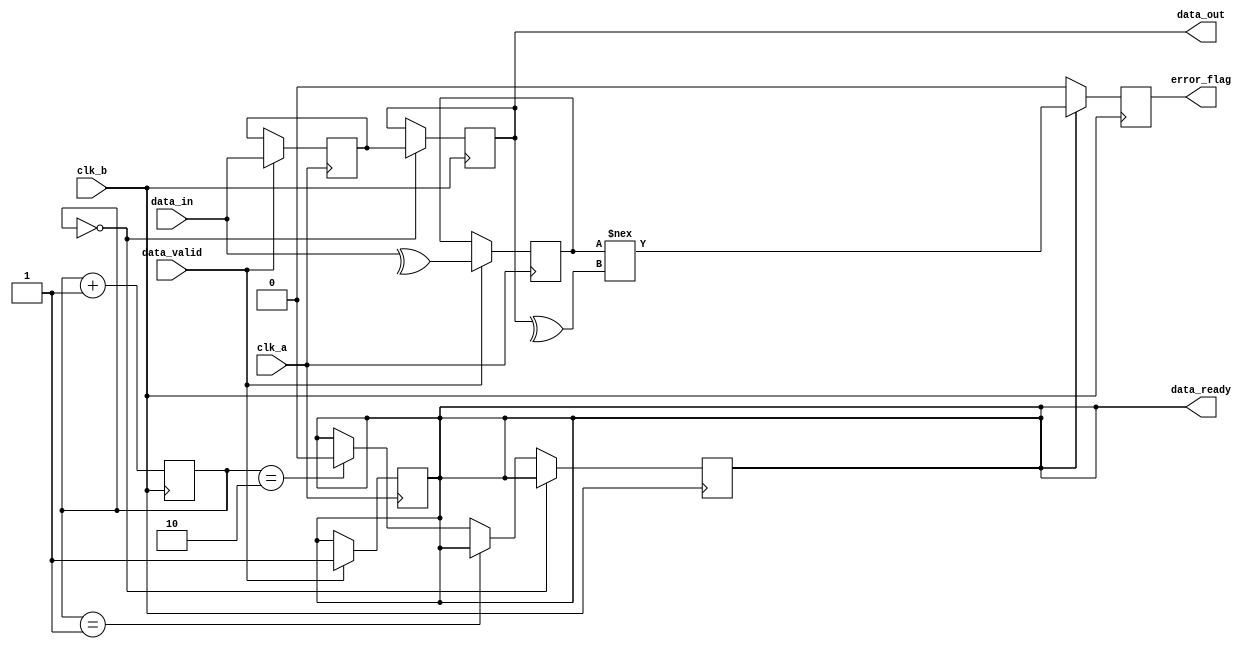
module cdc_with_error_detection #(
    parameter DATA_WIDTH = 8
)(
    input wire clk_a,                  // Clock for Domain A
    input wire clk_b,                  // Clock for Domain B
    input wire [DATA_WIDTH-1:0] data_in, // Data input from Domain A
    input wire data_valid,             // Data valid signal from Domain A
    output reg [DATA_WIDTH-1:0] data_out,  // Synchronized data output to Domain B
    output reg error_flag,             // Error detection flag
    output reg data_ready              // Data ready signal to Domain B
);

    // Internal signals for CDC
    reg [DATA_WIDTH-1:0] data_buffer;  // Buffer to hold data
    reg parity_bit;                    // Parity bit for error detection
    reg [1:0] sync_stage;              // Synchronization stage counter

    // Data capture and parity generation in Domain A
    always @(posedge clk_a) begin
        if (data_valid) begin
            data_buffer <= data_in; // Buffer the data
            parity_bit <= ^data_in;  // Calculate parity bit
            data_ready <= 1'b1;      // Indicate data is ready to transfer
        end
    end

    // Synchronization flip-flops in Domain B
    always @(posedge clk_b) begin
        // Synchronize the data into Domain B
        sync_stage <= sync_stage + 1;
        
        if (sync_stage == 2'b00) begin
            data_out <= data_buffer; // First stage
        end else if (sync_stage == 2'b01) begin
            data_out <= data_out;     // Second stage (stabilization)
        end else if (sync_stage == 2'b10) begin
            data_out <= data_out;     // Final stage
            data_ready <= 1'b0;        // Clear data ready signal
        end
    end

    // Error detection logic
    always @(posedge clk_b) begin
        if (data_ready) begin
            // Check for errors using the parity bit
            error_flag <= (parity_bit !== ^data_out);
        end else begin
            error_flag <= 1'b0; // No error if data is not ready
        end
    end

endmodule